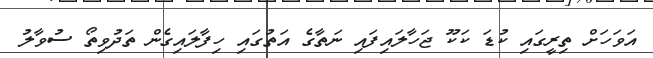
އަވަހަށް ތިރީގައި ކުޑަ ކަކޫ ޖަހާލައިފައި ނަތާގެ އަތުގައި ހިފާލައިގެން ތަދުވިތޯ ސުވާލު